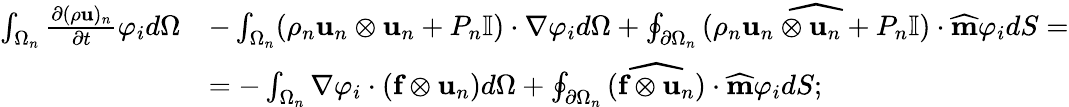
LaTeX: \begin{array}{rl}{\int_{\Omega_{n}}\frac{\partial(\rho\textbf{u})_{n}}{\partial t}\varphi_{i}d\Omega}&{-\int_{\Omega_{n}}(\rho_{n}\textbf{u}_{n}\otimes\textbf{u}_{n}+P_{n}\mathbb{I})\cdot\nabla\varphi_{i}d\Omega+\oint_{\partial\Omega_{n}}\widehat{(\rho_{n}\textbf{u}_{n}\otimes\textbf{u}_{n}+P_{n}\mathbb{I})}\cdot\widehat{\textbf{m}}\varphi_{i}dS=}\\ &{=-\int_{\Omega_{n}}\nabla\varphi_{i}\cdot(\textbf{f}\otimes\textbf{u}_{n})d\Omega+\oint_{\partial\Omega_{n}}\widehat{(\textbf{f}\otimes\textbf{u}_{n})}\cdot\widehat{\textbf{m}}\varphi_{i}dS;}\end{array}